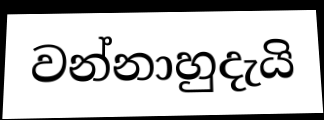
වන්නාහුදැයි